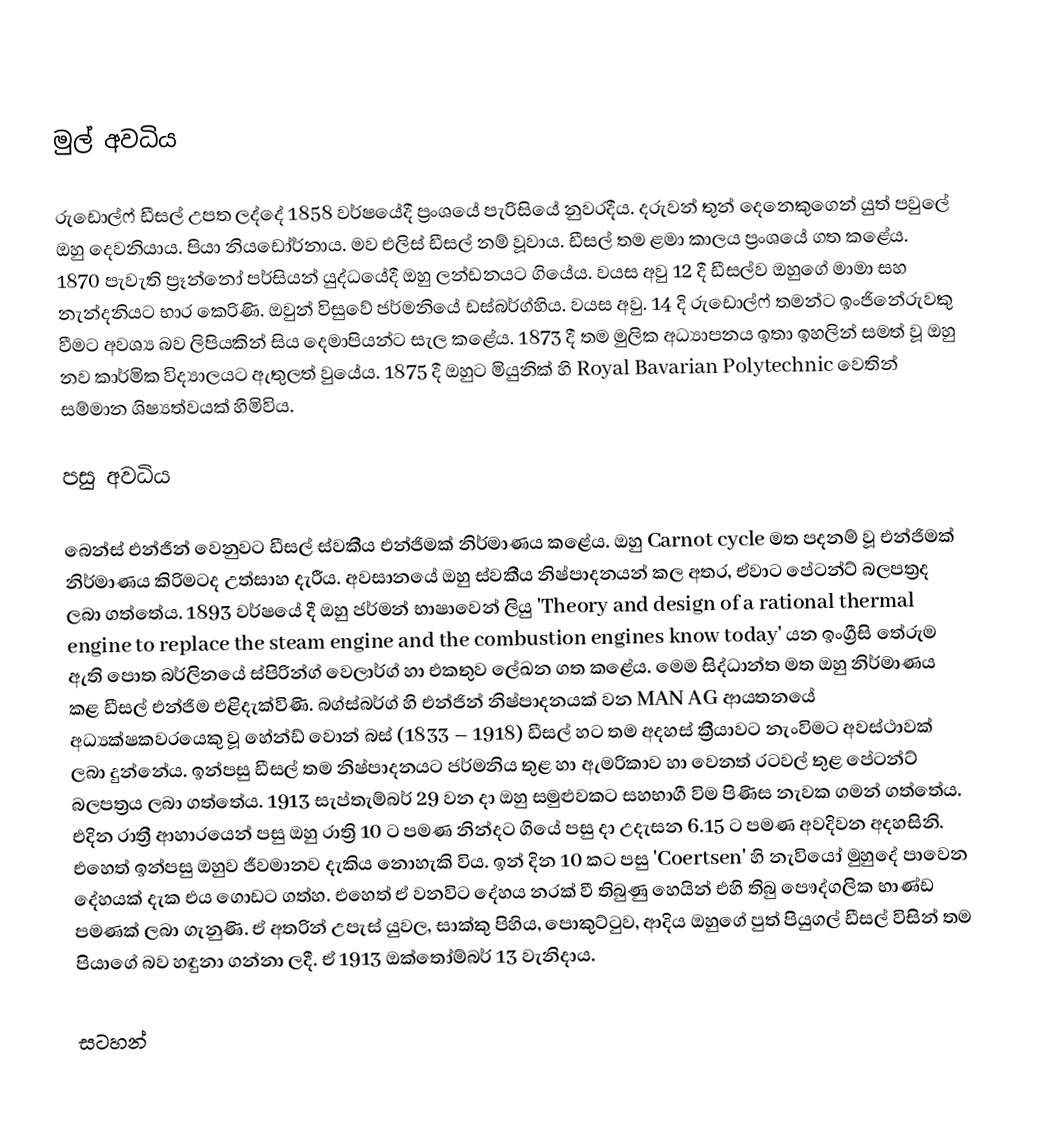

මුල් අවධිය

රුඩොල්ෆ් ඩීසල් උපත ලද්දේ 1858 වර්ෂයේදී ප්‍රංශයේ පැරිසියේ නුවරදීය. දරුවන් තුන් දෙනෙකුගෙන් යුත් පවුලේ ඔහු දෙවනියාය. පියා නියඩෝර්නාය. මව එලිස් ඩීසල් නම් වූවාය. ඩීසල් තම ළමා කාලය ප්‍රංශයේ ගත කළේය. 1870 පැවැති ප්‍රෑන්නෝ පර්සියන් යුද්ධයේදී ඔහු ලන්ඩනයට ගියේය. වයස අවු 12 දී ඩීසල්ව ඔහුගේ මාමා සහ නැන්දනිය‍ට භාර කෙරිණි. ඔවුන් විසුවේ ජර්මනියේ ඩස්බර්ග්හිය. වයස අවු. 14 දි රුඩොල්ෆ් තමන්ට ඉංජිනේරුවකු වීමට අවශ්‍ය බව ලිපියකින් සිය දෙමාපියන්ට සැල කළේය. 1873 දී තම මුලික අධ්‍යාපනය ඉතා ඉහලින් සමත් වූ ඔහු නව කාර්මික විද්‍යාලයට ඇතුලත් වුයේය. 1875 දී ඔහුට මියුනික් හි Royal Bavarian Polytechnic වෙතින් සම්මාන ශිෂ්‍යත්වයක් හිමිවිය.

පසු අවධිය

බෙන්ස් එන්ජින් වෙනුවට ඩීසල් ස්වකීය එන්ජිමක් නිර්මාණය කළේය. ඔහු Carnot cycle මත පදනම් වූ එන්ජිමක් නිර්මාණය කිරිමටද උත්සාහ දැරීය. අවසානයේ ඔහු ස්වකීය නිෂ්පාදනයන් කල අතර, ඒවාට පේටන්ට් බලපත්‍රද ලබා ගත්තේය. 1893 වර්ෂයේ දී ඔහු ජර්මන් භාෂාවෙන් ලියු 'Theory and design of a rational thermal engine to replace the steam engine and the combustion engines know today' යන ඉංග්‍රීසි තේරුම ඇති පොත බර්ලිනයේ ස්පිරින්ග් වෙලාර්ග් හා එකතුව ලේඛන ගත කළේය. මෙම සිද්ධාන්ත මත ඔහු නිර්මාණය කළ ඩීසල් එන්ජිම එළිදැක්විණි. බග්ස්බර්ග් හි එන්ජින් නිෂ්පාදනයක් වන MAN AG ආයතනයේ අධ්‍යක්ෂකවරයෙකු වූ හේන්ඩ් වොන් බස් (1833 – 1918) ඩීසල් හට තම අදහස් ක්‍රීයාවට නැංවිමට අවස්ථාවක් ලබා දුන්නේය. ඉන්පසු ඩීසල් තම නිෂ්පාදනයට ජර්මනිය තුළ හා ඇමරිකාව හා වෙනත් රටවල් තුළ පේටන්ට් බලපත්‍රය ලබා ගත්තේය. 1913 සැප්තැම්බර් 29 වන දා ඔහු සමුළුවකට සහභාගී විම පිණිස නැවක ගමන් ගත්තේය. එදින රාත්‍රී ආහාරයෙන් පසු ඔහු රාත්‍රි 10 ට පමණ නින්දට ගියේ පසු දා උදැසන 6.15 ට පමණ අවදිවන අදහසිනි. එහෙත් ඉන්පසු ඔහුව ජීවමානව දැකිය නොහැකි විය. ඉන් දින 10 කට පසු 'Coertsen' හි නැවියෝ මුහුදේ පාවෙන දේහයක් දැක එය ගොඩට ගත්හ. එහෙත් ඒ වනවිට දේහය නරක් වී තිබුණු හෙයින් එහි තිබු පෞද්ගලික භාණ්ඩ පමණක් ලබා ගැනුණි. ඒ අතරින් උපැස් යුවල, සාක්කු පිහිය, පොකුට්ටුව, ආදිය ඔහුගේ පුත් පියුගල් ඩීසල් විසින් තම පියාගේ බව හඳුනා ගන්නා ලදී. ඒ 1913 ඔක්තෝම්බර් 13 වැනිදාය.

සටහන්